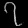
Digit: ၇